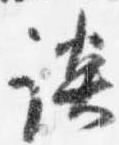
談